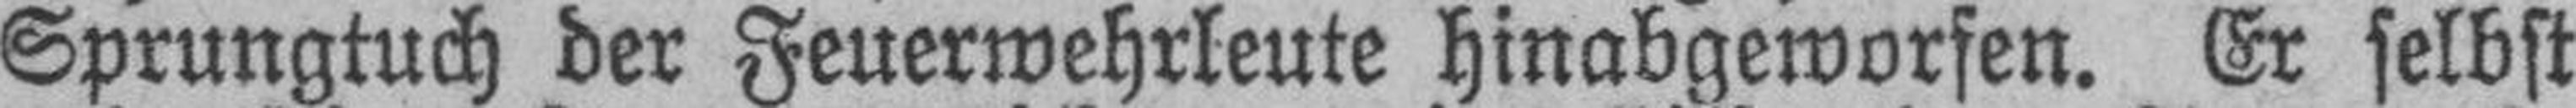
Sprungtuch der Feuerwehrleute hinabgeworfen. Er selbst